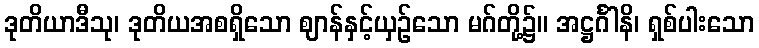
ဒုတိယာဒီသု၊ ဒုတိယအစရှိသော ဈာန်နှင့်ယှဉ်သော မဂ်တို့၌။ အဋ္ဌင်္ဂါနိ၊ ရှစ်ပါးသော